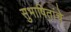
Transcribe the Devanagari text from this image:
सुभाषितांचे